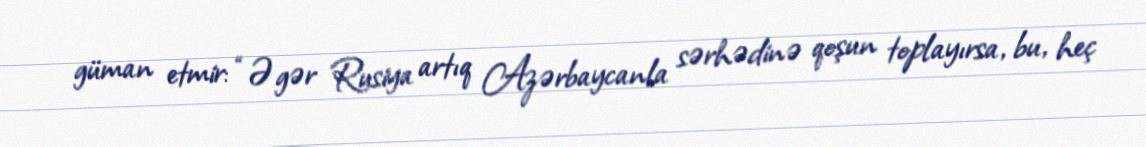
güman etmir: “Əgər Rusiya artıq Azərbaycanla sərhədinə qoşun toplayırsa, bu, heç